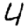
Digit: 4